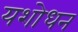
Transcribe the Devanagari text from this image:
यशोधन